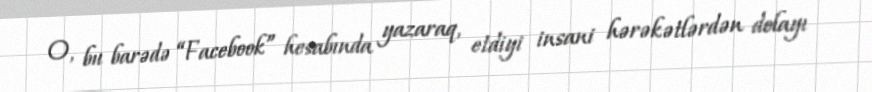
O, bu barədə “Facebook” hesabında yazaraq, etdiyi insani hərəkətlərdən dolayı